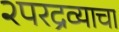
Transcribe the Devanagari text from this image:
२परद्रव्याचा